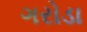
ગરોડા